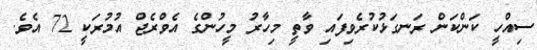
ސިއްހީ ކަންކަން ރަނގަޅުކުރެވިފައި ވާތީ މިހާރު މީހުންގެ އެވްރެޖް އުމުރަކީ 72 އެވެ.